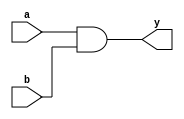
`timescale 1ns / 1ps
//////////////////////////////////////////////////////////////////////////////////
// Company: 
// Engineer: 
// 
// Design Name: 
// Module Name: My_AND02
// Project Name: 
// Target Devices: 
// Tool Versions: 
// Description: 
// 
// Dependencies: 
// 
// Revision:
// Revision 0.01 - File Created
// Additional Comments:
// 
//////////////////////////////////////////////////////////////////////////////////


module My_AND02(
    input a,
    input b,
    output y
    );
   
  assign y = a & b;
endmodule